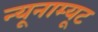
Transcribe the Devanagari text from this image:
न्यूनाम्यूट